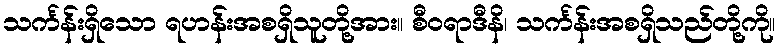
သင်္ကန်းရှိသော ရဟန်းအစရှိသူတို့အား။ စီဝရာဒီနိ၊ သင်္ကန်းအစရှိသည်တို့ကို။